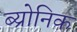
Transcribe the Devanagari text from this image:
ब्य्रोनिक